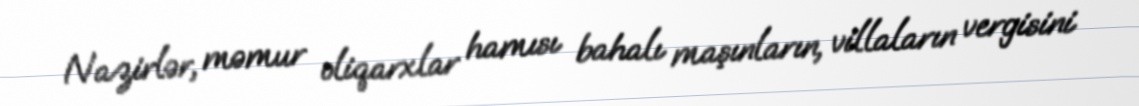
Nazirlər, məmur oliqarxlar hamısı bahalı maşınların, villaların vergisini